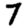
Digit: 7